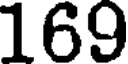
169